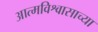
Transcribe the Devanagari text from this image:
आत्मविश्वासाच्या